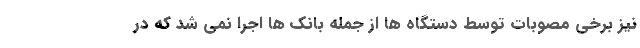
نیز برخی مصوبات توسط دستگاه ها از جمله بانک ها اجرا نمی شد که در